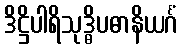
ဒိဋ္ဌိပါရိသုဒ္ဓိပဓာနိယင်္ဂံ